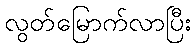
လွတ်မြောက်လာပြီး